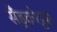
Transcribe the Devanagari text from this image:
सैंड्रकोट्टस